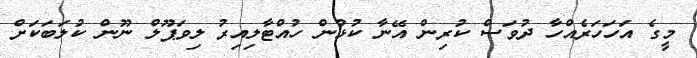
މީގެ އަހަހަރެއްހާ ދުވަސް ކުރިން އޭނާ ކުޅުން ހުއްޓާލިއިރު ލިވަޕޫލް ނޫން ކުލަބަކަށް